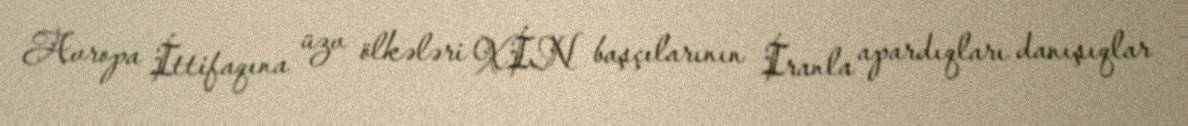
Avropa İttifaqına üzv ölkələri XİN başçılarının İranla apardıqları danışıqlar